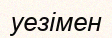
уезімен